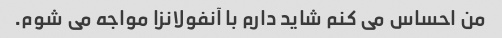
من احساس می کنم شاید دارم با آنفولانزا مواجه می شوم.